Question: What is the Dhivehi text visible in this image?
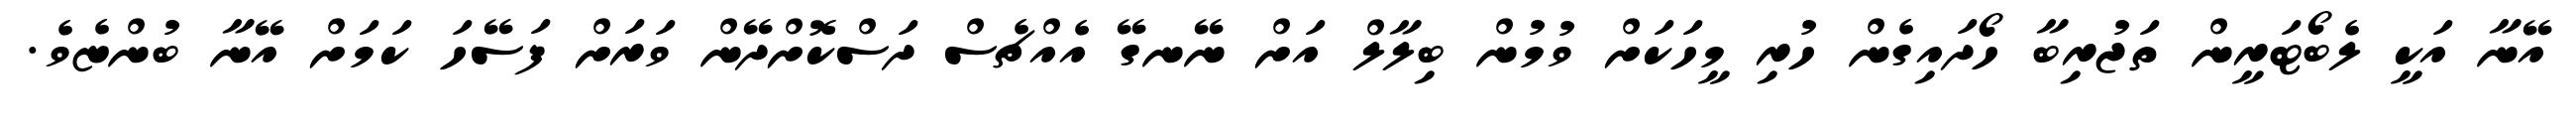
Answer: އޭނާ އަކީ ލެބޯޓަރީން ތަޖުރިބާ ހޯދައިގެން ހުރި މީހަކަށް ވުމުން ބިލާލް އަށް ނޭނގޭ އެއްޗެސް ދަސްކޮށްދޭން ވަރަށް ފަސޭހަ ކަމަށް އޭނާ ބުންޏެވެ.